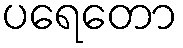
ပရေတော